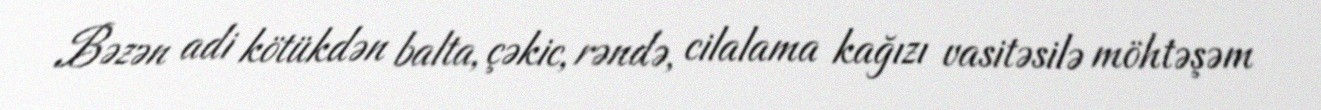
Bəzən adi kötükdən balta, çəkic, rəndə, cilalama kağızı vasitəsilə möhtəşəm